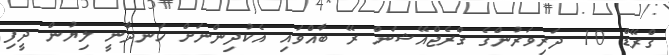
ގްރޭޑް 10 ދަރިވަރުންގެ ގްރެޖްއޭޝަން ރޭ ބާއްވައި އެކުދިންނަށް ހަނދާނީ ލިޔުން ދީފި